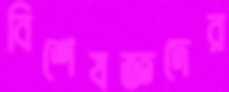
বিশেষজ্ঞদের